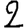
Digit: 2